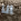
انا